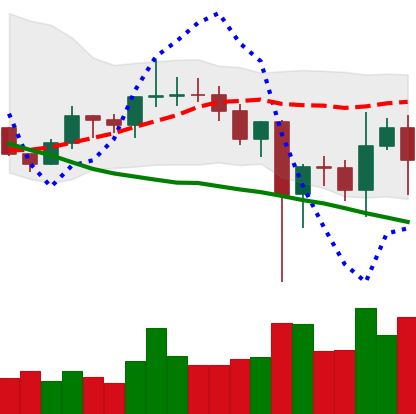
Ticker: LINK-USD
Chart end date: 2020-12-29
Forward return: 15.963%
Label: up_7plus